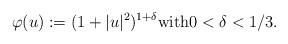
LaTeX: \begin{align*}\varphi(u):=(1+|u|^2)^{1+\delta} \mbox{with} 0< \delta <1/3.\end{align*}